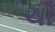
ચૌ